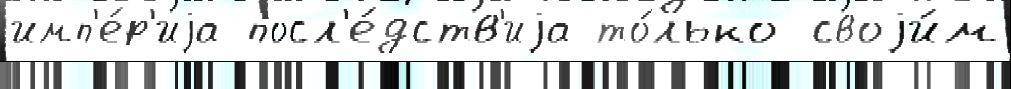
имп'е́р'иjа посл'е́дств'иjа то́лько своjи́м